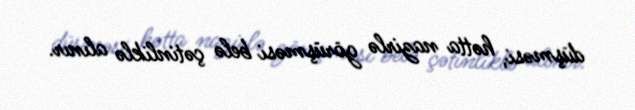
düşməsi, hətta nazirlə görüşməsi belə çətinliklə alınır.